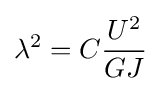
\lambda ^{2}=C{\frac {U^{2}}{GJ}}